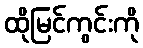
ထိုမြင်ကွင်းကို